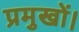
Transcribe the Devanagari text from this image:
प्रमुखों।